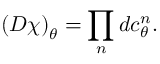
\left( { \cal D } \chi \right) _ { \theta } = \prod _ { n } d c _ { \theta } ^ { n } .